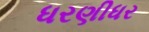
ધરણીધર